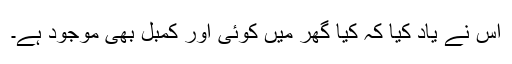
اس نے یاد کیا کہ کیا گھر میں کوئی اور کمبل بھی موجود ہے۔